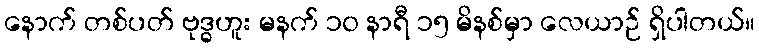
နောက် တစ်ပတ် ဗုဒ္ဓဟူး မနက် ၁၀ နာရီ ၁၅ မိနစ်မှာ လေယာဉ် ရှိပါတယ်။